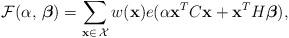
LaTeX: \begin{align*}\mathcal{F}(\alpha,\,\boldsymbol{\beta})=\sum_{\mathbf{x}\in\, \mathcal{X}}w(\mathbf{x})e(\alpha\mathbf{x}^{T}C\mathbf{x}+\mathbf{x}^{T}H\boldsymbol{\beta}),\end{align*}